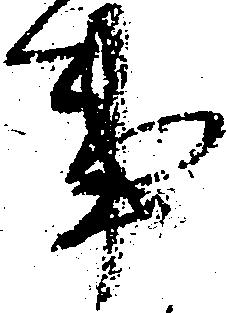
事